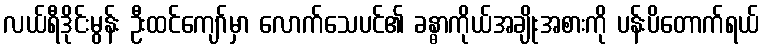
လယ်ရီဒိုင်းမွန်း ဦးထင်ကျော်မှာ လောက်သေပင်၏ ခန္ဓာကိုယ်အချိုးအစားကို ပန်းပိတောက်ရယ်